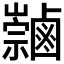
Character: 𪉻